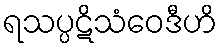
ရသပ္ပဋိသံဝေဒီဟိ